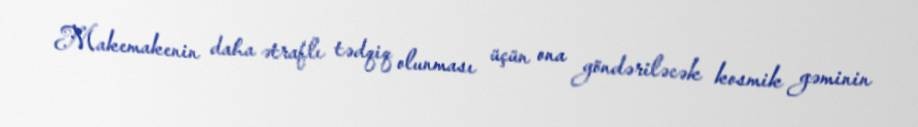
Makemakenin daha ətraflı tədqiq olunması üçün ona göndəriləcək kosmik gəminin